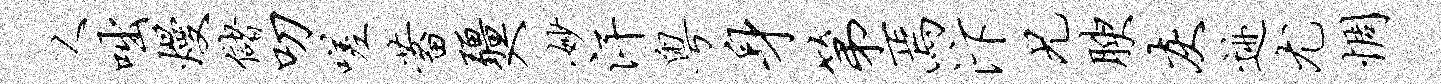
人咄熳储叨嗟蓄疆入妙汗粤身第焉汴兄腴灰迹尤惆